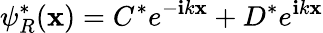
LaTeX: \psi_{R}^{*}(\mathbf{x})=C^{*}e^{-\mathbf{i}k\mathbf{x}}+D^{*}e^{\mathbf{i}k\mathbf{x}}